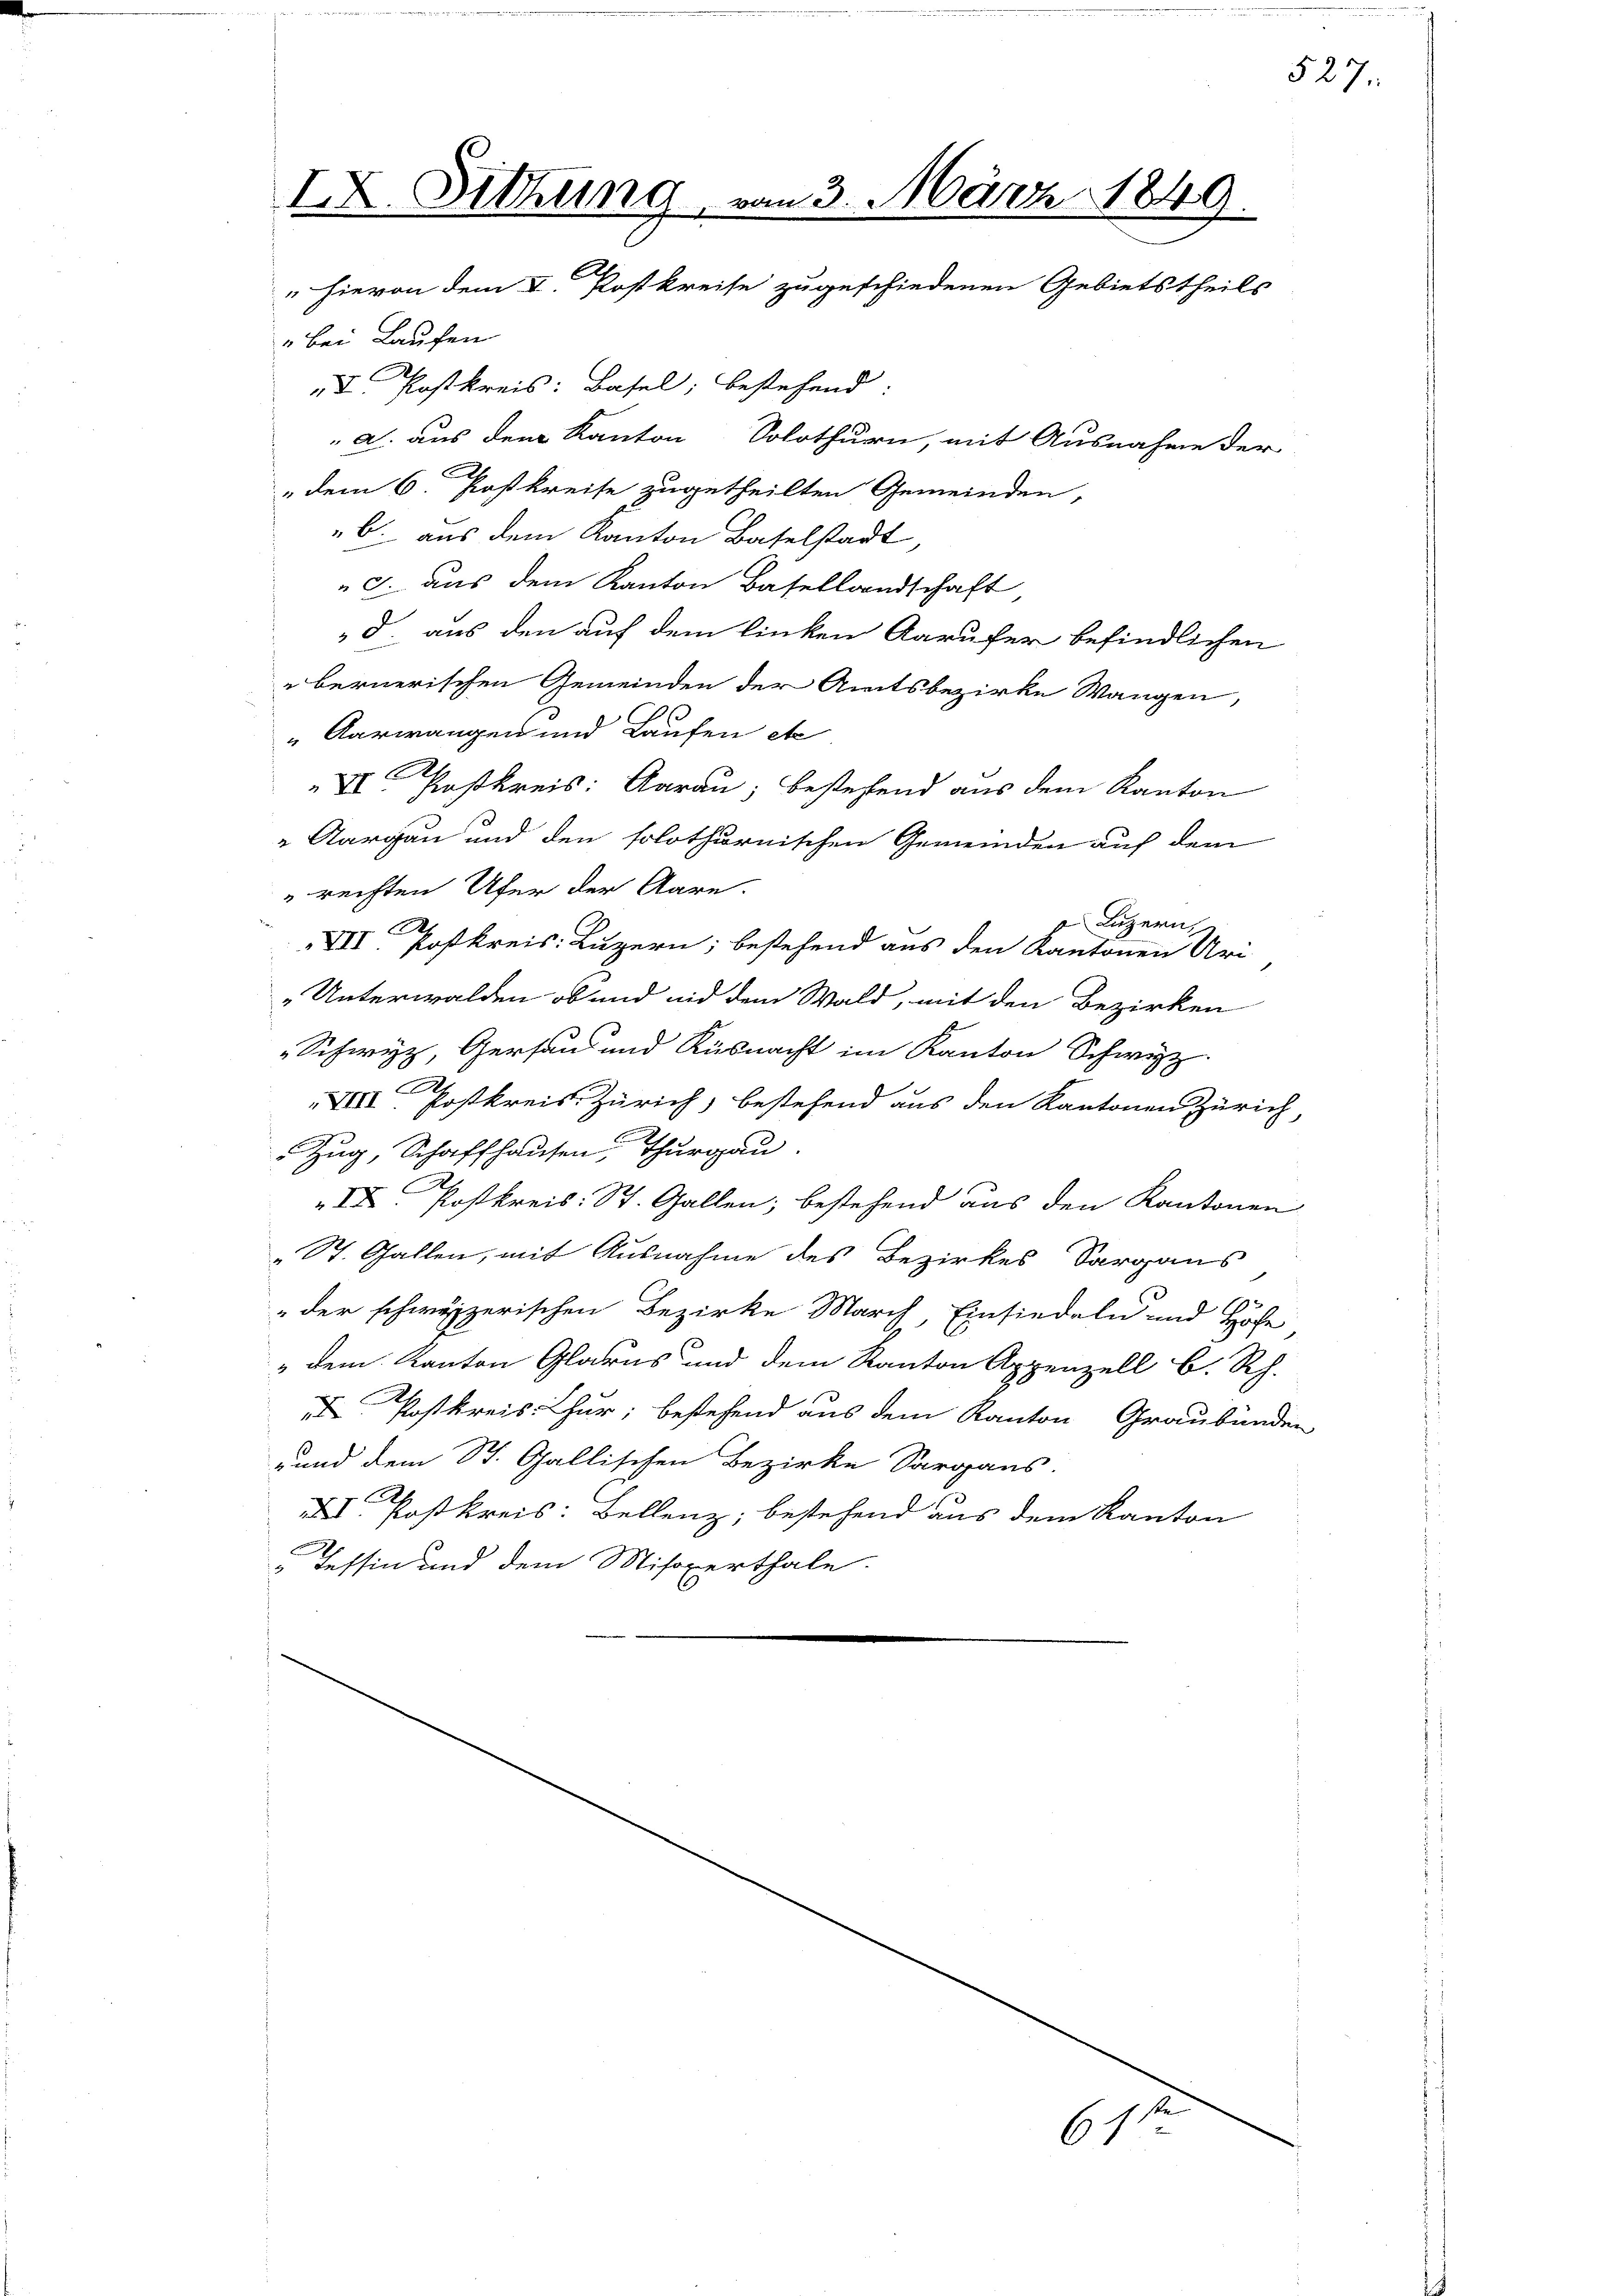
IX. Sitzung, vom 3. März 1849
u
" hievon dem L. Postkreise zugeschiedenen Gebietstheils
" bei Laufen
T. Postkreis: Basel; bestehend:
 a. aus dem Kanton Solothurn, mit Ausnahme der
„dem 6. Postkreise zugetheilten Gemeinden,
b. aus dem Kanton Baselstadt,

" J. aus dem Kanton Basellandschaft
d. aus den auf dem linken Aarufer befindlichen
bernerischen Gemeinden der Amtsbezirke Wangen,
Aarwangen und Laufen etc
A
VI Poßkreis: Aarau; bestehend aus dem Kanton
 Aargau und den solothurnischen Gemeinden auf dem
rechten Ufer der Aare.
 Luzern
A
VII. Postkreis: Luzern; bestehend aus den Kantonen Uri
„Unterwalden, ob und nid dem Wald, mit den Bezirken
„Schwyz, Gersau und Küsnacht im Kanton Schwyz
VIII Postkreis Zürich, bestehend aus den Kantonen Zürich,
Zug, Schaffhausen, Thurgau.
A
IX. Postkreis: St. Gallen; bestehend aus den Kantonen
"St. Gallen, mit Ausnahme des Bezirkes Sargaus
" der schweizerischen Bezirke March, Einsiedeln und Höfe
" dem Kanton Glarus und dem Kanton Appenzell b. Rh.
3
 Postkreis: Hur; bestehend aus dem Kanton Graubünden
rund dem St. Gallischen Bezirke Sargans.
2
XI. Postkreis: Bellenz, bestehend aus dem Kanton
Tessin und dem Misoxerthale.

61.

527.